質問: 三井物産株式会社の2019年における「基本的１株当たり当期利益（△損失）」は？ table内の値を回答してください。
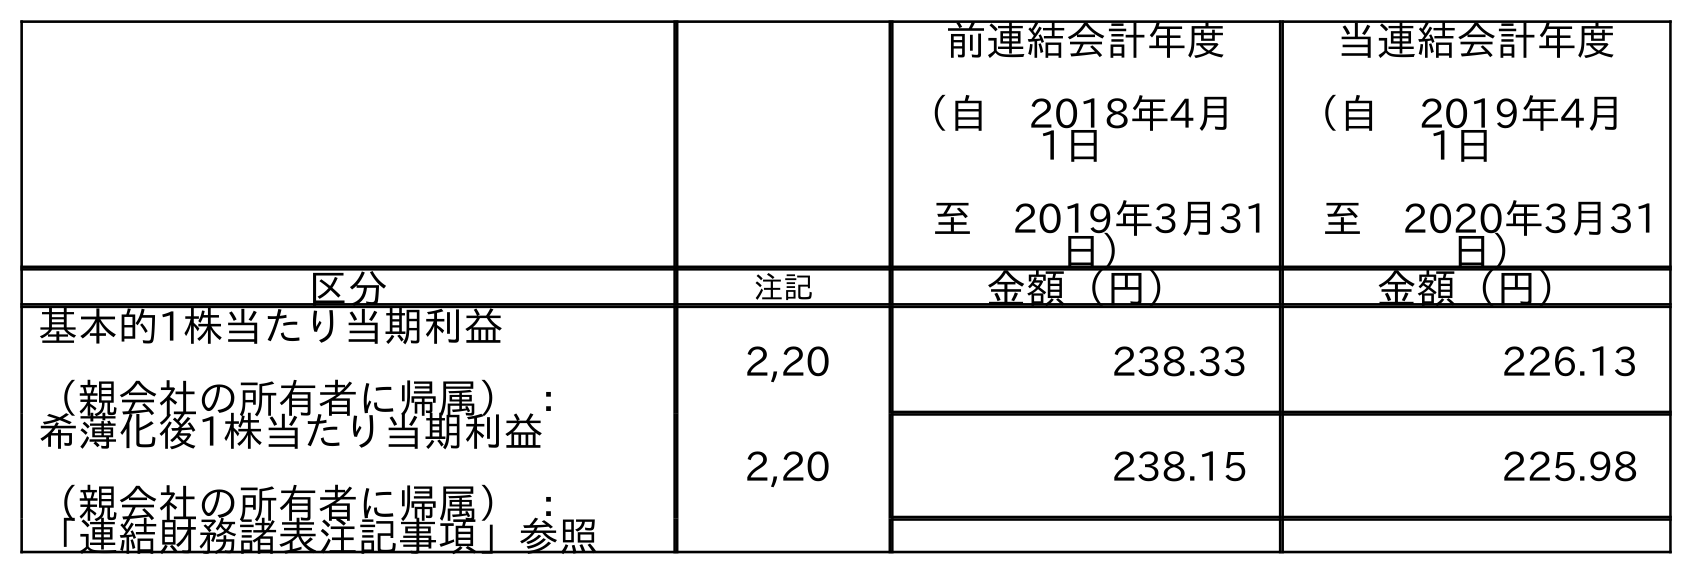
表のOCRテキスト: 前連結会計年度 （自 2018年4月 1日 至 2019年3月31 日） 当連結会計年度 （自 2019年4月 1日 至 2020年3月31 日） 区分 注記 金額（円） 金額（円） 基本的1株当たり当期利益 （親会社の所有者に帰属） ： 2,20 238.33 226.13 希薄化後1株当たり当期利益 （親会社の所有者に帰属） ： 2,20 238.15 225.98 「連結財務諸表注記事項」参照
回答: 238.33